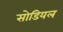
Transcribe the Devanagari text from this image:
सोडियल